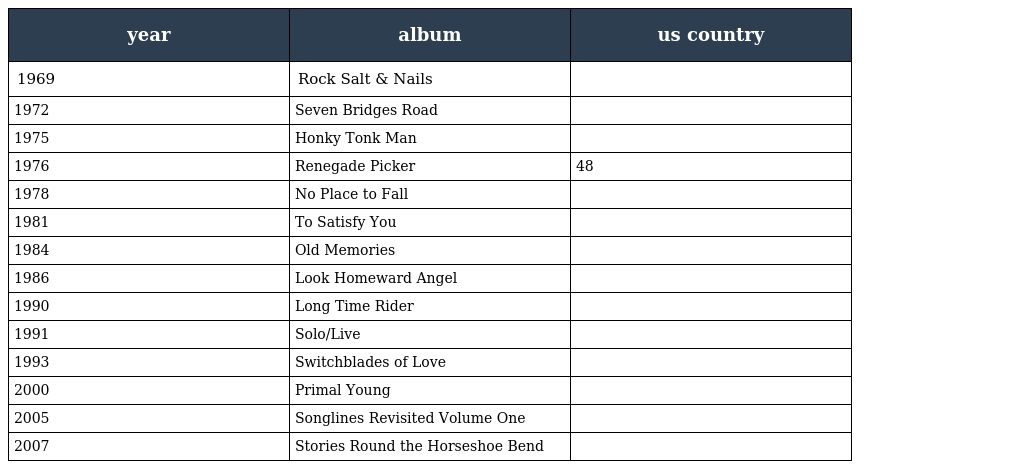
| year | album | us country |
 | --- | --- | --- |
 | 1969 | Rock Salt & Nails |  |
 | 1972 | Seven Bridges Road |  |
 | 1975 | Honky Tonk Man |  |
 | 1976 | Renegade Picker | 48 |
 | 1978 | No Place to Fall |  |
 | 1981 | To Satisfy You |  |
 | 1984 | Old Memories |  |
 | 1986 | Look Homeward Angel |  |
 | 1990 | Long Time Rider |  |
 | 1991 | Solo/Live |  |
 | 1993 | Switchblades of Love |  |
 | 2000 | Primal Young |  |
 | 2005 | Songlines Revisited Volume One |  |
 | 2007 | Stories Round the Horseshoe Bend |  |